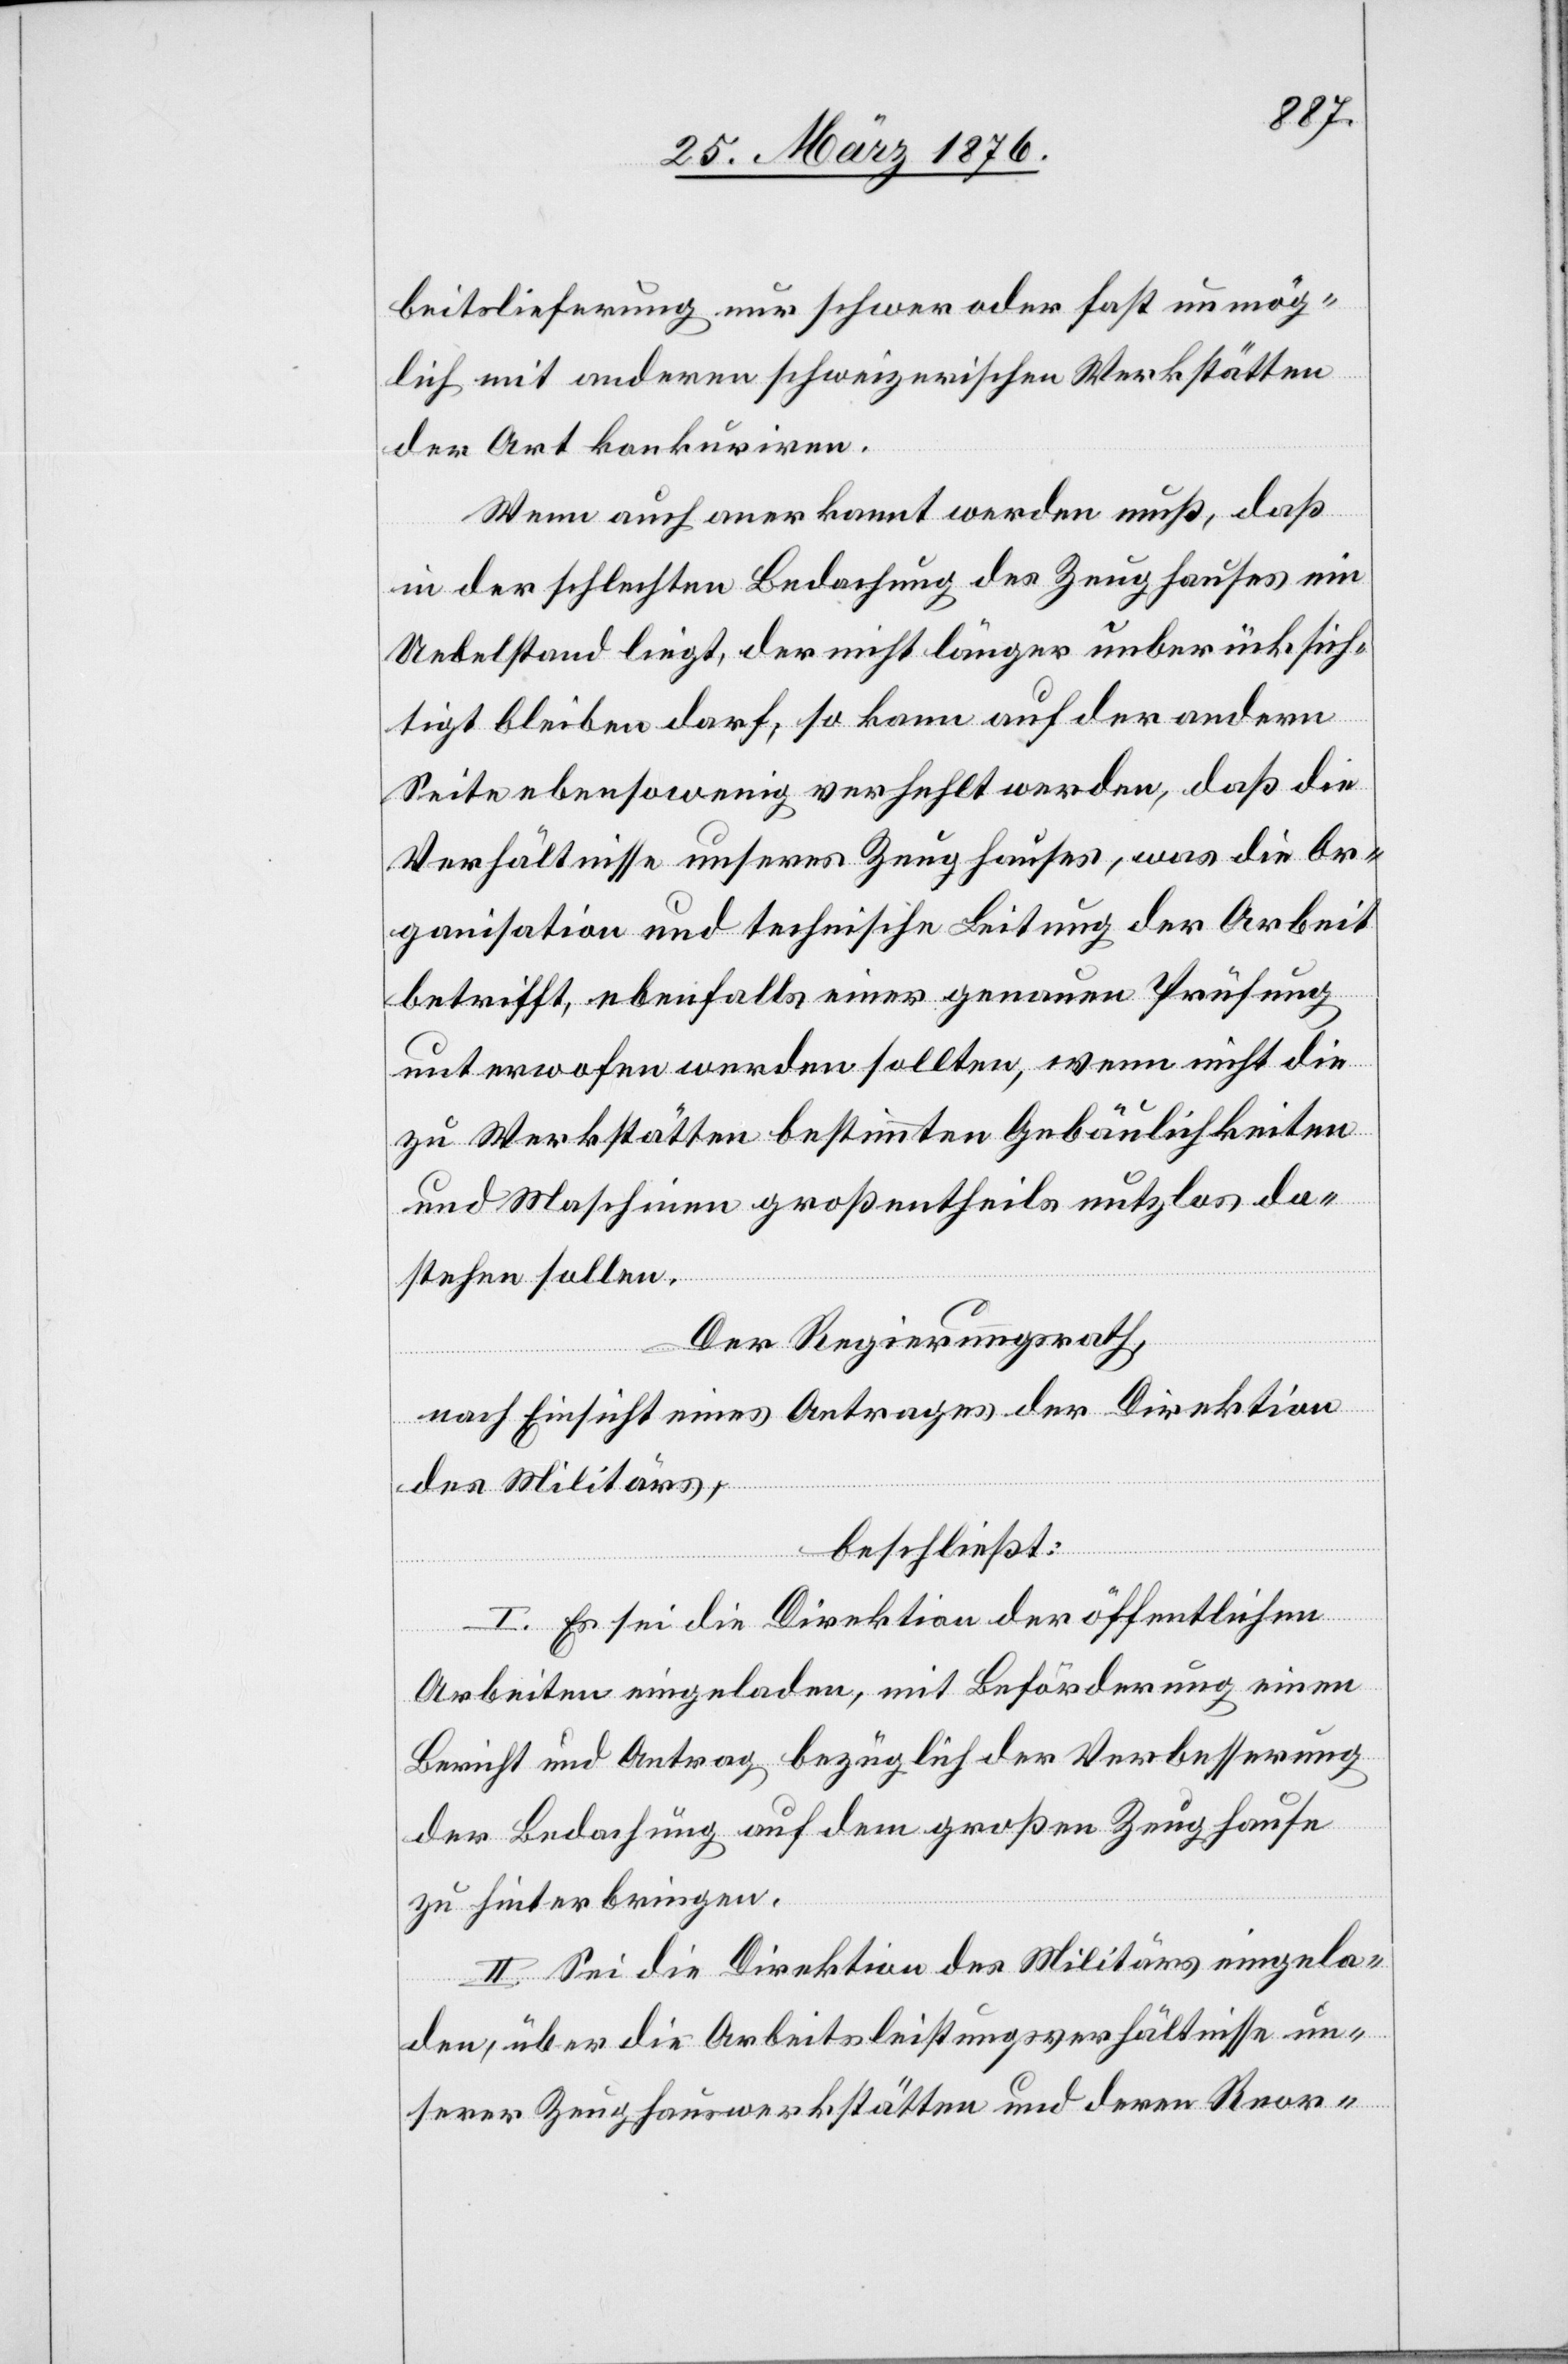
beitslieferung nur schwer oder fast unmög¬
lich mit anderen schweizerischen Werkstätten
der Art konkuriren.
Wenn auch anerkannt werden muß, daß
in der schlechten Bedachung des Zeughauses ein
Uebelstand liegt, der nicht länger unberücksich¬
tigt bleiben darf, so kann auf der andern
Seite ebensowenig verhehlt werden, daß die
Verhältnisse unseres Zeughauses, was die Or¬
ganisation und technische Leistung der Arbeit
betrifft, ebenfalls einer genauen Prüfung
unterworfen werden sollten, wenn nicht die
zu Werkstätten bestimmten Gebäulichkeiten
und Maschinen großentheils nutzlos da¬
stehen sollen.
Der Regierungsrath,
nach Einsicht eines Antrages der Direktion
des Militärs
beschließt:
I. Es sei die Direktion der öffentlichen
Arbeiten eingeladen, mit Beförderung einen
Bericht und Antrag bezüglich der Verbesserung
der Bedachung auf dem großen Zeughause
zu hinterbringen.
II. Sei die Direktion des Militärs eingela¬
den, über die Arbeitsleistungsverhältnisse un¬
serer Zeughauswerkstätten und deren Reor-